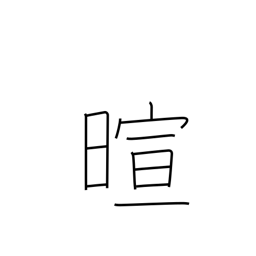
Meaning: warm weather